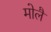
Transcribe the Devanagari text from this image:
मोलै